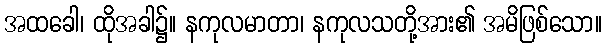
အထခေါ၊ ထိုအခါ၌။ နကုလမာတာ၊ နကုလသတို့အား၏ အမိဖြစ်သော။